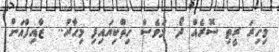
މިހިރަ ރީތި ސޮރެއް ދޯ. މަވެސް ހިތްކިޔައިފި މިހާރު..  ޒާއިފްއަށް